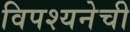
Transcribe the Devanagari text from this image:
विपश्यनेची